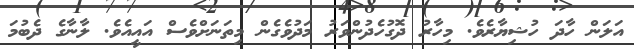
އަލަން ހާދަ ހުޝިޔާރެވެ. މިހާރު ދޮގުހެދުންވަރު މަދުވެގެން މިތަނަށްވެސް އައީއެވެ. ލާނާގެ ދެބުމަ